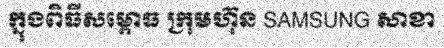
ក្នុងពិធីសម្ពោធ ក្រុមហ៊ុន SAMSUNG សាខា